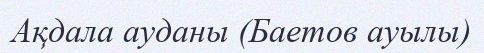
Ақдала ауданы (Баетов ауылы)